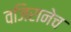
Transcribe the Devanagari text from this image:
वजिरानेच